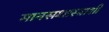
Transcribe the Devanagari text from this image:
मानसशास्त्राशी